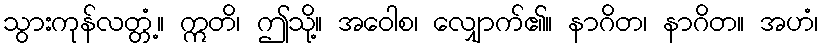
သွားကုန်လတ္တံ့။ ဣတိ၊ ဤသို့။ အဝေါစ၊ လျှောက်၏။ နာဂိတ၊ နာဂိတ။ အဟံ၊